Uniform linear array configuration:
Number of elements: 32
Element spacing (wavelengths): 0.5
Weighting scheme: hamming
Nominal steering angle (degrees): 15
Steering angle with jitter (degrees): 14.944
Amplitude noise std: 0.05
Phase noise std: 0.05

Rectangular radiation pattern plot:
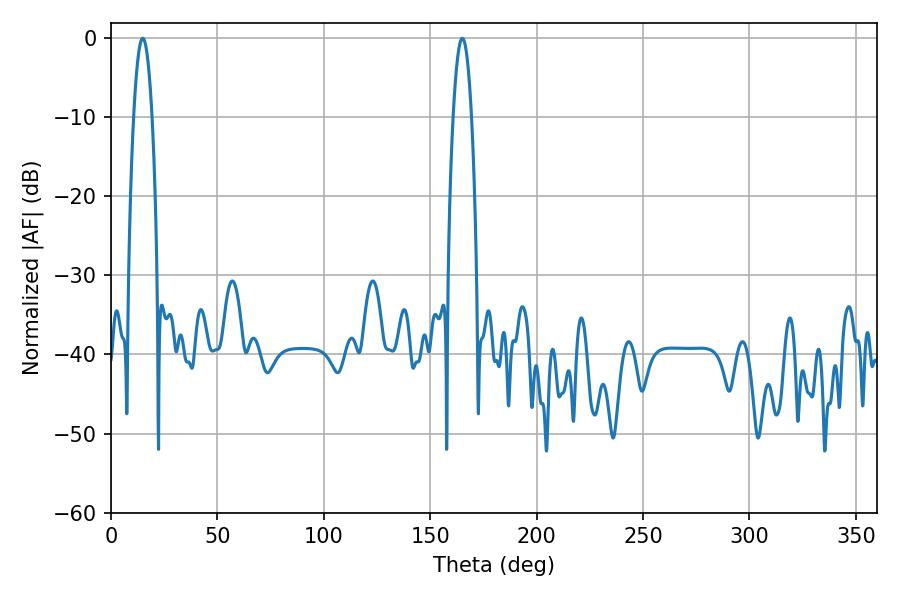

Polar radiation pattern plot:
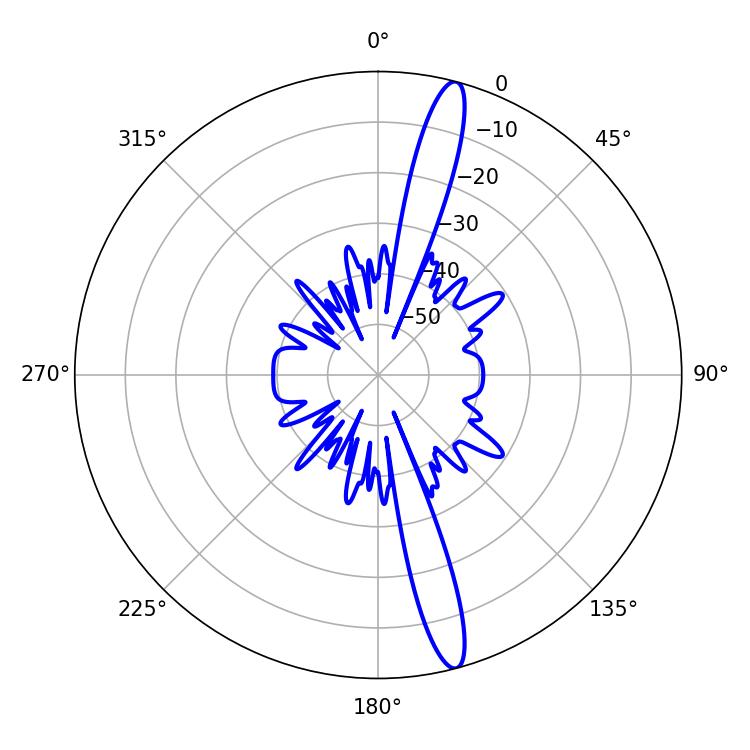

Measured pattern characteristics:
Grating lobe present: FALSE
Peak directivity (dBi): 16.337
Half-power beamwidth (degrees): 4.68
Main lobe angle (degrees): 14.94